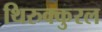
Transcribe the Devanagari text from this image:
थिरुक्कुरल